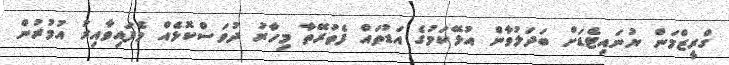
ގްރީޒްމަން ޔުނައިޓެޑަށް ބަދަލުވާން އުޅޭކަމުގެ އަޑުތައް ފެތުރޭތާ މިހާރު ދުވަސްކޮޅެއް ވެފައިވާއިރު އުމުރުން